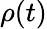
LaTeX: \rho(t)